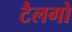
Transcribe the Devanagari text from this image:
टैलगो